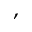
,